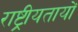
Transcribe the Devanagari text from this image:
राष्ट्रीयतायों